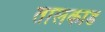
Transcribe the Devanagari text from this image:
तालकाड